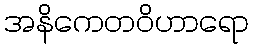
အနိကေတဝိဟာရော